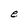
Character: e